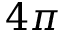
4 \pi